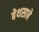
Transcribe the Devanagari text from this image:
बेथसाबे